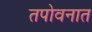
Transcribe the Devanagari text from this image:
तपोवनात